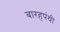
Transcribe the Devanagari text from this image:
बारहपंथी